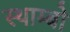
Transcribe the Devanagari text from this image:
स्थाम्बो